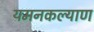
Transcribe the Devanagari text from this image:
यमनकल्याण